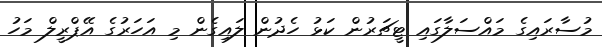
މުސާރައިގެ މައްސަލާގައި ޓީޗަރުން ކަޅު ހެދުން ލައިގެން މި އަހަރުގެ އޭޕްރީލް މަހު